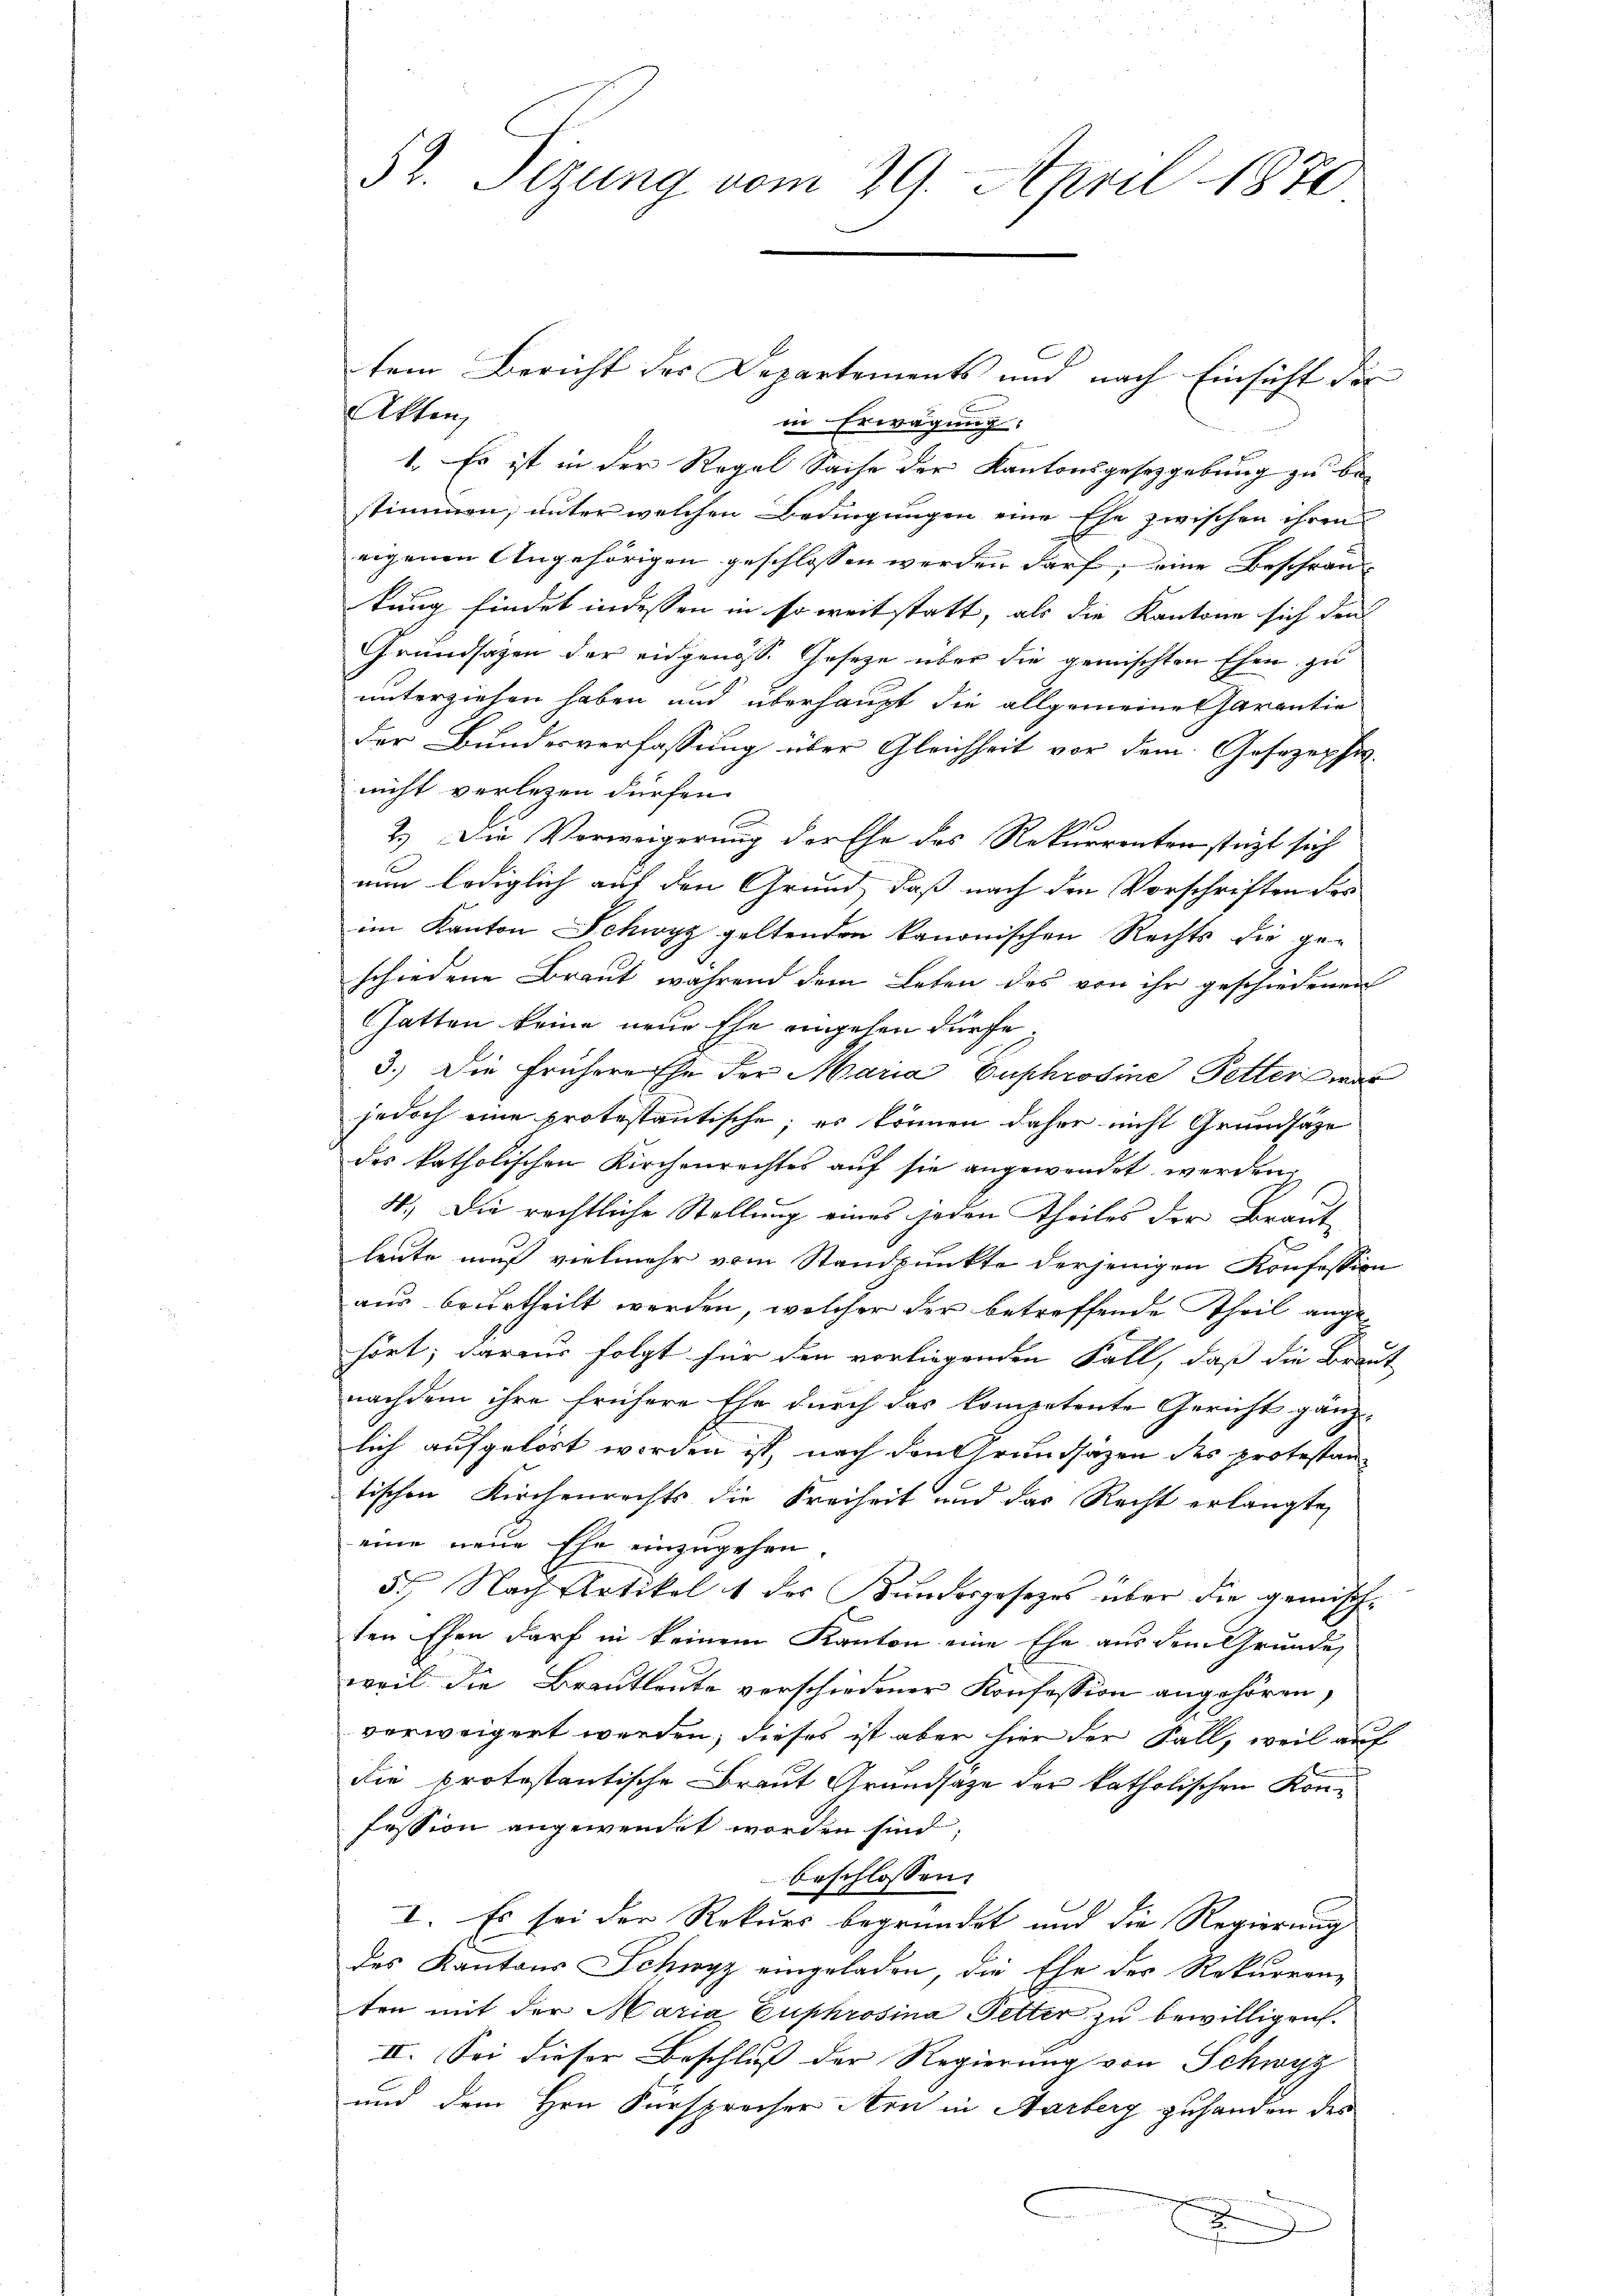
52. Sizung vom 29. April 1870

tem Bericht der Departements und nach Einsicht der
Akten,
in Erwägung:
1. Es ist in der Regel Sache der Kantonsgesetzgebung zu be
stimmen, unter welchen Bedingungen eine Ehe zwischen ihren
eigenen Angehörigen geschlossen werden darf, eine Beschrän-
kung findet indessen in so weit statt, als die Kantone sich den
Grundsazen der eidgenoss. Gesetze über die gemischten Ehen zu
unterziehen haben und überhaupt die allgemeines Parentie
der Bundesverfassung über Gleichheit vor dem Gesezechis
nicht verlesen dürfen.
2.) Die Vorweigerung der Ehe des Rekurrenten statt sich
nun lediglich auf den Grund, daß nach den Vorschriften der
im Kanton Schwyz geltenden kanonischen Rechts die geschiedene Braut während dem Leben des von ihr geschiedenen
Ghatten keine neue Ehe eingehen dürfe.
3.) Die Frühere Ehe der Maria Euphrosine Petter war
jedoch eine protestantische; es können daher nicht Grundsäze
des katholischen Kirchenrechtes auf sie angewendet werden,
4.) Die rechtliche Stellung eines jeden Theiles der Brautleute muß vielmehr vom Standpunkte derjenigen Konfession
aus beurtheilt werden, welcher der betreffende Theil angehört; daraus folgt für den vorliegenden Fall, daß die Braut
nachdem ihre frühere Ehe durch das kompetente Gericht gänz-
lich aufgelöst worden ist, nach den Grundsätzen des protestantischen Kirchenrechts die Freiheit und das Recht erlangte,
eine neue Ehe einzugehen.
5. Nach Artikel 1 des Kundesgesezes über die gemischten Ehen darf in keinem Kanton eine Ehe aus dem Grunde,
weil die Brautleute verschiedener Konfession angehören,
verweigert werden; dieses ist aber hier der Fall, weil auf
die protestantische Braut Grundsätze der katholischen Konfession angewendet worden sind;
beschlossen.
I. Es sei der Rekurs begründet und die Regierung
des Kantons Schwyz eingeladen, die Ehe der Rekurren-
ten mit der Maria Euphrosina Petter zu bewilligen.
II. Sei dieser Beschluß der Regierung von Schwyz
und dem Hrn. Fürsprecher Arn in Aarberg zuhanden des